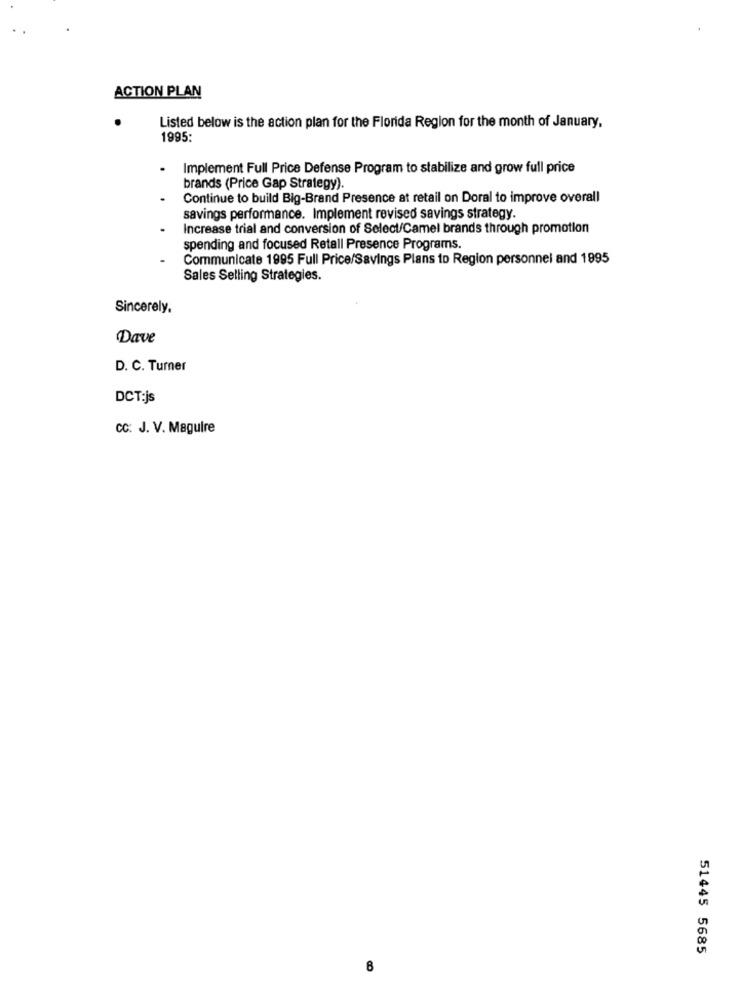
ACTION PLAN
Listed below is the action plan for the Florida Region for the month of January,
1995:
.
Implement Full Price Defense Program to stabilize and grow full price
brands (Price Gap Strategy).
Continue to build Big-Brand Presence at retail on Doral to improve overall
savings performance. Implement revised savings strategy.
Increase trial and conversion of Select/Camel brands through promotion
spending and focused Retall Presence Programs.
Communicate 1995 Full Price/Savings Plans to Region personnel and 1995
Sales Selling Strategies.
Sincerely,
Dave
D. C. Turner
DCT:js
CC: J. V. Maguire
51445 5685